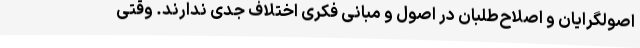
اصولگرایان و اصلاح‌طلبان در اصول و مبانی فکری اختلاف جدی ندارند. وقتی